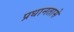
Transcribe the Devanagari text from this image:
प्रधानतासे